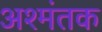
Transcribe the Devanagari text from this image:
अश्मंतक